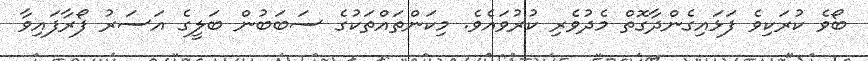
ބޯވެ ކުރަކިވެ ފަޅައިގެންދާގޮތް މެދުވެރި ކުރުވައެވެ. މިކަންތައްތަކުގެ ސަބަބުން ބަލީގެ އަސަރު ފޯރާފައިވާ